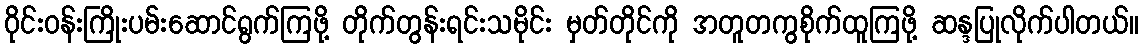
ဝိုင်းဝန်းကြိုးပမ်းဆောင်ရွက်ကြဖို့ တိုက်တွန်းရင်းသမိုင်း မှတ်တိုင်ကို အတူတကွစိုက်ထူကြဖို့ ဆန္ဒပြုလိုက်ပါတယ်။